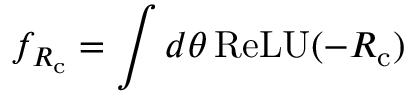
f _ { R _ { \mathrm { c } } } = \int d \theta \, \mathrm { R e L U } ( { - R _ { \mathrm { c } } } )